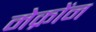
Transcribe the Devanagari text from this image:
मेक्रोंन